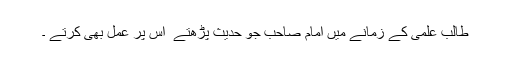
طالب علمی کے زمانے میں امام صاحب جو حدیث پڑھتے ٗ اس پر عمل بھی کرتے ۔